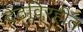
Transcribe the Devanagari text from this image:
देठविरहीत